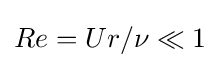
Re=Ur/\nu \ll 1